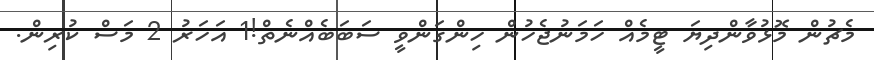
މެޗުން މޮޅުވާންދިޔަ ޓީމެއް ހަމަނުޖެހުން ހިންގަންވީ ސަބަބެއްނެތް!1 އަހަރު 2 މަސް ކުރިން.